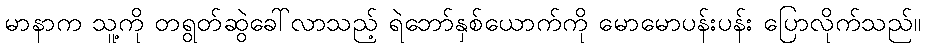
မာနာက သူ့ကို တရွတ်ဆွဲခေါ်လာသည့် ရဲဘော်နှစ်ယောက်ကို မောမောပန်းပန်း ပြောလိုက်သည်။